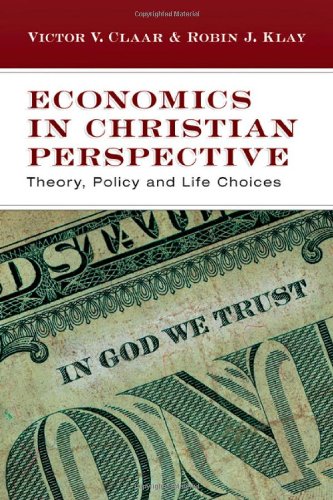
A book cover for Economics in Christian Perspective: Theory, Policy and Life Choices; Victor V. Claar; Christian Books & Bibles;